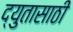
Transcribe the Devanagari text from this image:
द्युतासाठी